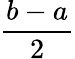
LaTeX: \frac{b-a}{2}